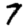
Digit: 7